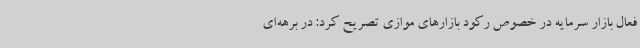
فعال بازار سرمایه در خصوص رکود بازارهای موازی تصریح کرد: در برهه‌ای